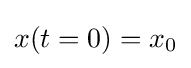
x(t=0)=x_{0}